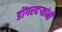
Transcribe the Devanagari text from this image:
डोंगरदऱ्यांनी